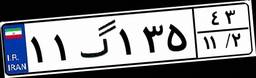
۱۱گ۱۳۵۴۳